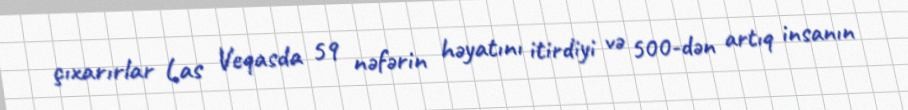
çıxarırlar Las Veqasda 59 nəfərin həyatını itirdiyi və 500-dən artıq insanın